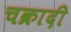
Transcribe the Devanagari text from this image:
चक्रादी